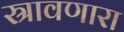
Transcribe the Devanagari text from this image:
स्रावणारा